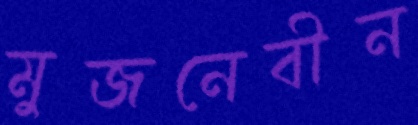
মুজনেবীন